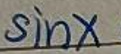
\(\sin x\)